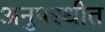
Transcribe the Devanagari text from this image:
अनुपस्थीत